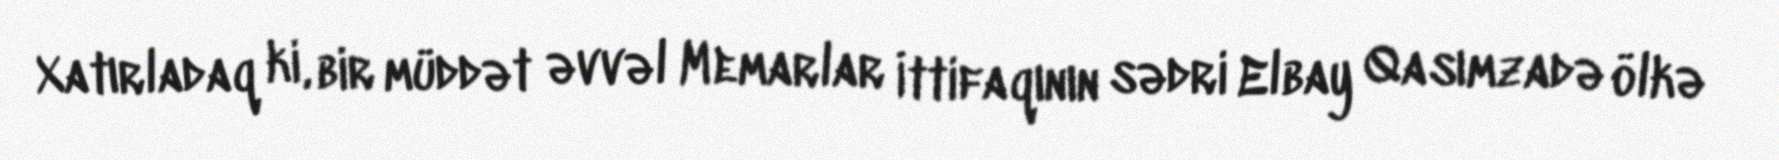
Xatırladaq ki, bir müddət əvvəl Memarlar İttifaqının sədri Elbay Qasımzadə ölkə